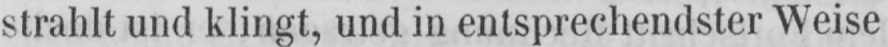
strahlt und klingt, und in entsprechendster Weise